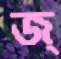
জ্